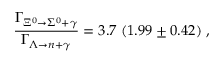
\frac { \Gamma _ { \Xi ^ { 0 } \rightarrow \Sigma ^ { 0 } + \gamma } } { \Gamma _ { \Lambda \rightarrow n + \gamma } } = 3 . 7 \; ( 1 . 9 9 \pm 0 . 4 2 ) \; ,